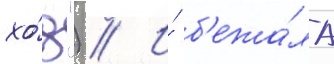
хо́д") // И́ б'ежа́ла